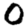
Digit: 0